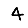
Digit: 4